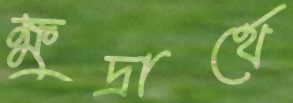
ক্ষুদ্রার্থে